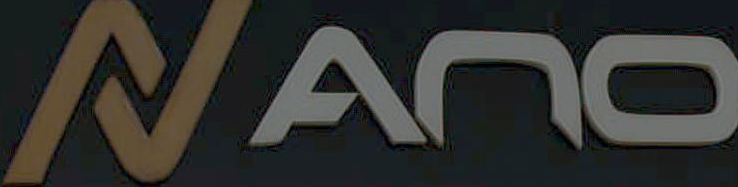
NANO